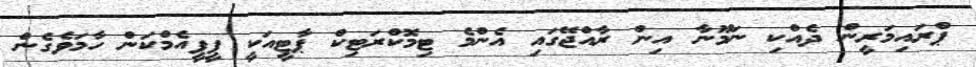
ޕްރައިމަރީން ދެއްކި ނަމޫނާ އިން ރާއްޖޭގައި އެންމެ ޓިމޮކްރަޓިކް ޕާޓީއަކީ ޕީޕީއެމްކަން ހާމަވެގެން